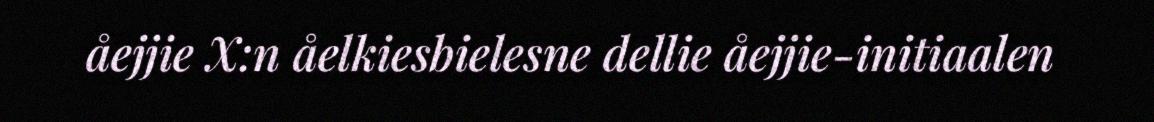
åejjie X:n åelkiesbielesne dellie åejjie-initiaalen